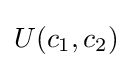
U(c_{1},c_{2})